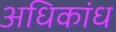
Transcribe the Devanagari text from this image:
अधिकांध